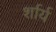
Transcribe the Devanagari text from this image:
र्शार्य